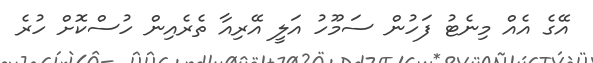
އޭގެ އެއް މިނެޓު ފަހުން ސަމޫހު އަލީ އޭރިއާ ތެރެއިން ހުސްކޮށް ހުރެ